Report on the working of the Ranchi Indian Mental Hospital, Kanke, in Bihar and Orissa - 1930-1940
Year: 1930
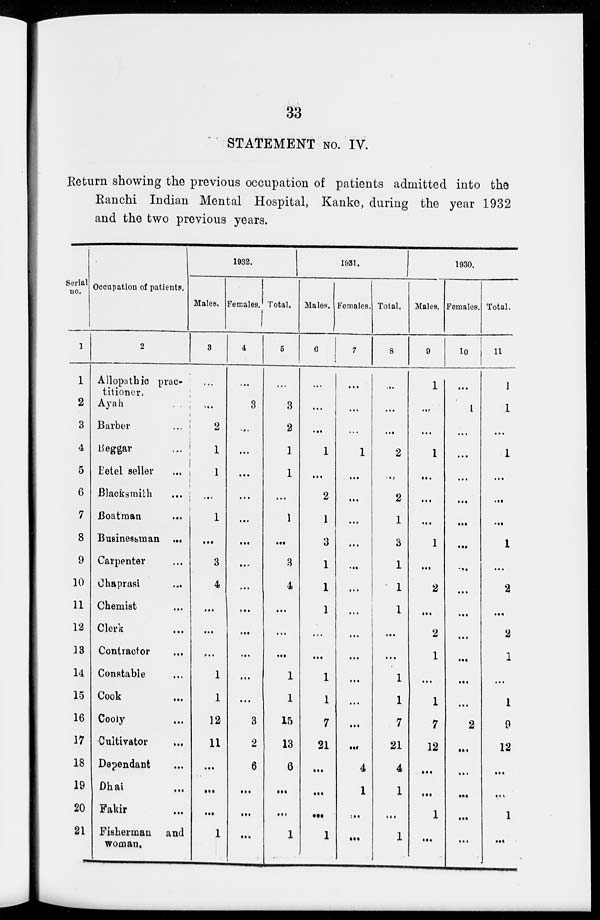
33
STATEMENT No. IV.
Return showing the previous occupation of patients admitted into the
Ranchi Indian Mental Hospital, Kanke, during the year 1932
and the two previous years.
Serial
no.
1
1
2
3
4
5
6
7
8
9
10
11
12
13
14
15
16
17
18
19
20
21
Occupation of patients.
2
Allopathic prac-
titioner.
Ayah
...
Barber
...
Beggar ...
Betel seller
...
Blacksmith
...
Boatman ...
Businessman ...
Carpenter ...
Chaprasi ...
Chemist ...
Clerk ...
Contractor ...
Constable ...
Cook ...
Cooly ...
Cultivator ...
Dependant ...
Dhai ...
Fakir ...
Fisherman and
woman.
1932.
Males.
3
...
...
2
1
1
...
1
...
3
4
...
...
...
1
1
12
11
...
...
...
1
Females.
4
...
3
...
...
...
...
...
...
...
...
...
...
...
...
...
3
2
6
...
...
...
Total.
5
...
3
2
1
1
...
1
...
3
4
...
...
...
1
1
15
13
6
...
...
1
1931.
Males.
6
...
...
...
1
...
2
1
3
1
1
1
...
...
1
1
7
21
...
...
...
1
Females.
7
...
...
...
1
...
...
...
...
...
...
...
...
...
...
...
...
...
4
1
...
...
Total.
8
...
...
...
2
...
2
1
3
1
1
1
...
...
1
1
7
21
4
1
...
1
1930.
Males.
9
1
...
...
1
...
...
...
1
...
2
...
2
1
...
1
7
12
...
...
1
...
Females.
10
...
1
...
...
...
...
...
...
...
...
...
...
...
...
...
2
...
...
...
...
...
Total.
11
1
1
...
1
...
...
...
1
...
2
...
2
1
...
1
9
12
...
...
1
...